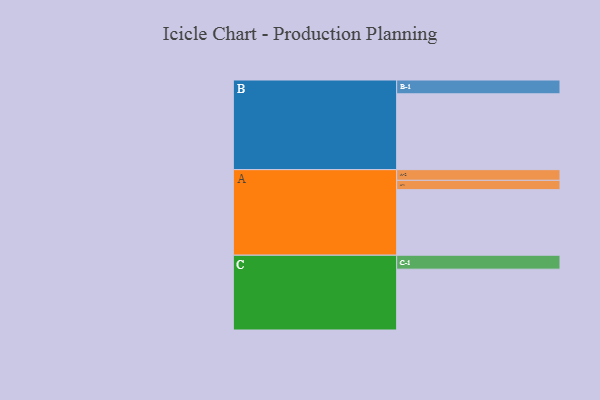
{"axis": {"x": "Segment", "y": "Value"}, "legend": ["", "A", "B", "C"], "data": [{"x": "A", "y": 498, "type": ""}, {"x": "B", "y": 576, "type": ""}, {"x": "C", "y": 462, "type": ""}, {"x": "A-1", "y": 71, "type": "A"}, {"x": "A-2", "y": 81, "type": "A"}, {"x": "B-1", "y": 105, "type": "B"}, {"x": "C-1", "y": 106, "type": "C"}]}